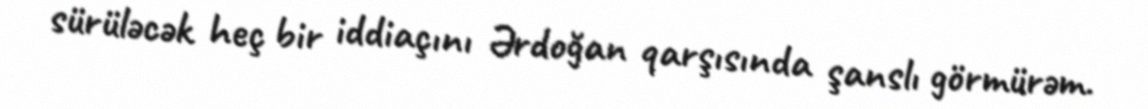
sürüləcək heç bir iddiaçını Ərdoğan qarşısında şanslı görmürəm.